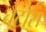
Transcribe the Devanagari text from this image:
चैटोंस